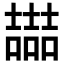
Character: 𡕇